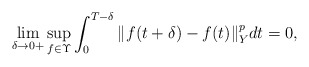
\begin{align*}\lim_{\delta\rightarrow 0+} \sup_{f\in\Upsilon} \int_0^{T-\delta} \Vert f(t+\delta) - f(t) \Vert_Y^p dt = 0 ,\end{align*}